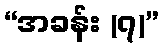
“အခန်း (၇)”